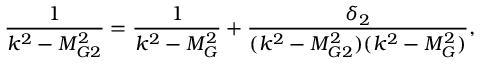
\frac { 1 } { k ^ { 2 } - M _ { G 2 } ^ { 2 } } = \frac { 1 } { k ^ { 2 } - M _ { G } ^ { 2 } } + \frac { \delta _ { 2 } } { ( k ^ { 2 } - M _ { G 2 } ^ { 2 } ) ( k ^ { 2 } - M _ { G } ^ { 2 } ) } ,